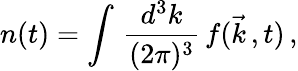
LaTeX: n(t)=\int\, \frac{d^{3}k}{(2\pi)^{3}}\, f(\vec{k}\, ,t)\, ,